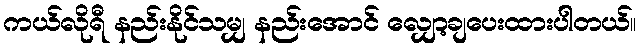
ကယ်လိုရီ နည်းနိုင်သမျှ နည်းအောင် လျှော့ချပေးထားပါတယ်။